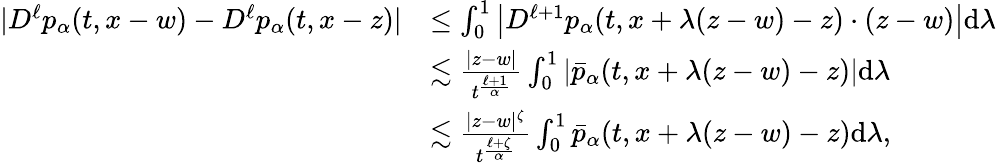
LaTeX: \begin{array}{rl}{|D^{\ell}p_{\alpha}(t,x-w)-D^{\ell}p_{\alpha}(t,x-z)|}&{\leq\int_{0}^{1}\left|D^{\ell+1}p_{\alpha}(t,x+\lambda(z-w)-z)\cdot(z-w)\right|\mathrm{d}\lambda}\\ &{\lesssim\frac{|z-w|}{t^{\frac{\ell+1}{\alpha}}}\int_{0}^{1}\left|\bar{p}_{\alpha}(t,x+\lambda(z-w)-z)\right|\mathrm{d}\lambda}\\ &{\lesssim\frac{|z-w|^{\zeta}}{t^{\frac{\ell+\zeta}{\alpha}}}\int_{0}^{1}\bar{p}_{\alpha}(t,x+\lambda(z-w)-z)\mathrm{d}\lambda,}\end{array}